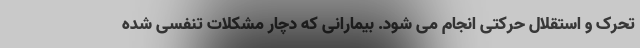
تحرک و استقلال حرکتی انجام می شود. بیمارانی که دچار مشکلات تنفسی شده